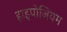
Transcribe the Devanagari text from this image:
हाइपोजियम